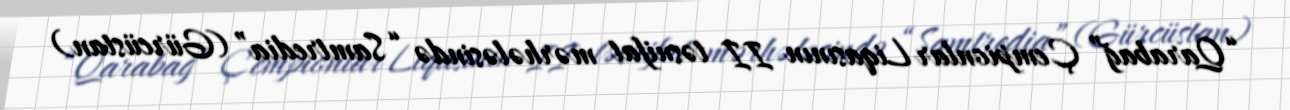
“Qarabağ” Çempionlar Liqasının II təsnifat mərhələsində “Samtredia” (Gürcüstan)